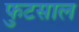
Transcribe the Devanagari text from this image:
फुटसाल